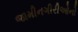
જામીનગીરીઓનો